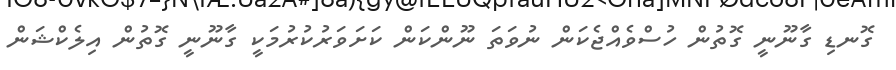
ގޮނޑި ގާނޫނީ ގޮތުން ހުސްވެއްޖެކަން ނުވަތަ ނޫންކަން ކަށަވަރުކުރުމަކީ ގާނޫނީ ގޮތުން އިލެކްޝަން